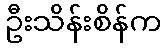
ဦးသိန်းစိန်က